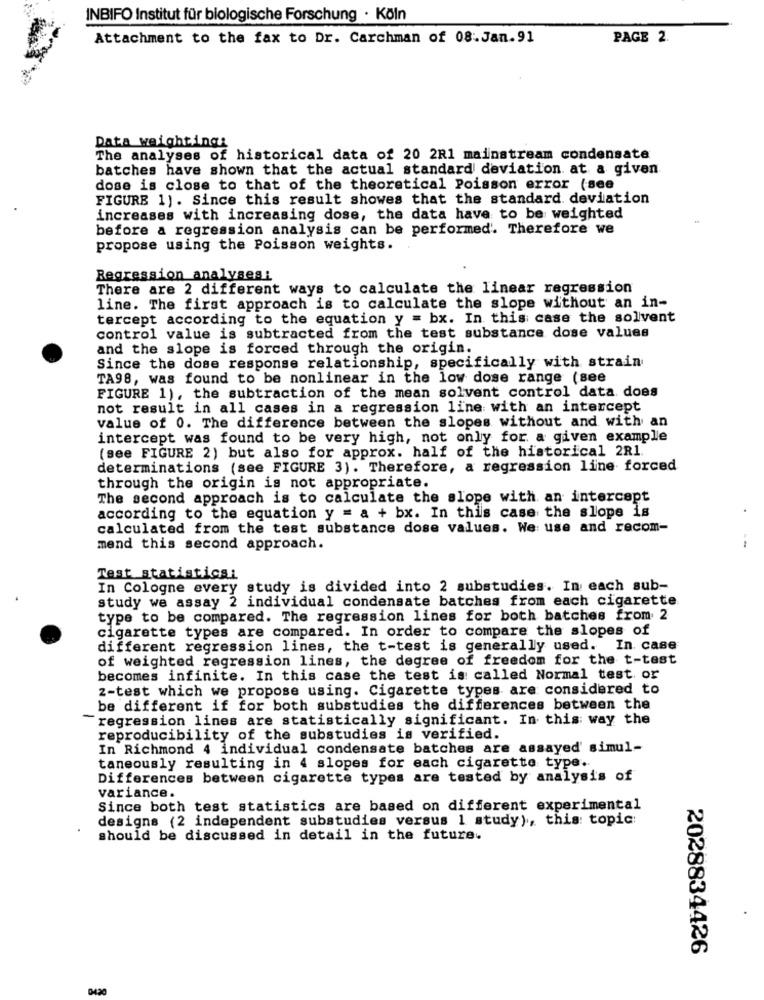
INBIFO Institut für biologische Forschung · Köln
Attachment to the fax to Dr. Carchman of 08.Jan.91
PAGE 2.
Data weighting:
The analyses of historical data of 20 2R1 mainstream condensate
batches have shown that the actual standard deviation at a given
dose is close to that of the theoretical Poisson error (see
FIGURE 1). Since this result showes that the standard deviation
increases with increasing dose, the data have to be weighted
before a regression analysis can be performed'. Therefore we
propose using the Poisson weights.
Regression analysesi
There are 2 different ways to calculate the linear regression
line. The first approach is to calculate the slope without an in-
tercept according to the equation y = bx. In this case the solvent
control value is subtracted from the test substance dose values
and the slope is forced through the origin.
Since the dose response relationship, specifically with strain
TA98, was found to be nonlinear in the low dose range (see
FIGURE 1), the subtraction of the mean solvent control data. does
not result in all cases in a regression line with an intercept
value of 0. The difference between the slopes without and with an
intercept was found to be very high, not only for a given example
(see FIGURE 2) but also for approx. half of the historical 2R1.
determinations (see FIGURE 3). Therefore, a regression line forced
through the origin is not appropriate.
The second approach is to calculate the slope with an intercept
according to the equation y = a + bx. In this case the slope is
calculated from the test substance dose values. We use and recom-
mend this second approach.
Test statistics:
In Cologne every study is divided into 2 substudies. In each sub-
study we assay 2 individual condensate batches from each cigarette
type to be compared. The regression lines for both batches from 2
cigarette types are compared. In order to compare the slopes of
different regression lines, the t-test is generally used. In case
of weighted regression lines, the degree of freedom for the t-test
becomes infinite. In this case the test is called Normal test. or
2-test which we propose using. Cigarette types are considered to
be different if for both substudies the differences between the
"regression lines are statistically significant. In this way the
reproducibility of the substudies is verified.
In Richmond 4 individual condensate batches are assayed' simul-
taneously resulting in 4 slopes for each cigarette type.
Differences between cigarette types are tested by analysis of
variance.
Since both test statistics are based on different experimental
designs (2 independent substudies versus 1 study), this: topic:
should be discussed in detail in the future.
2028834426